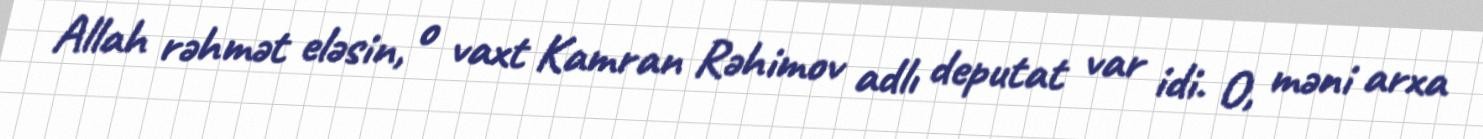
Allah rəhmət eləsin, o vaxt Kamran Rəhimov adlı deputat var idi. O, məni arxa